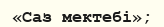
«Саз мектебі»;